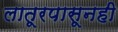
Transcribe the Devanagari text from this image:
लातूरपासूनही